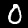
Digit: 0